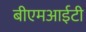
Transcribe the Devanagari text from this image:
बीएमआईटी